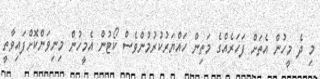
މި ދެ މީހުން އެތަށް ފަހަރެއްގެ މަތިން ހައްޔަރުކުރުމުންވެސް ކޯޓުން އެމީހުން މިިނިވަންކޮށްފައިވާތީ